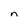
Character: n